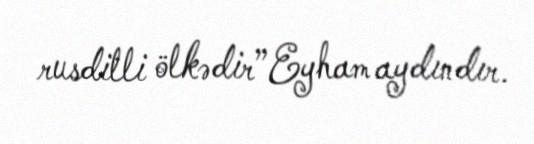
rusdilli ölkədir”Eyham aydındır.